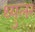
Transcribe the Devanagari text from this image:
थ्युलर